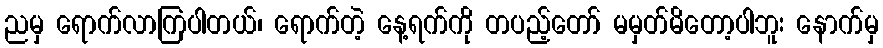
ညမှ ရောက်လာကြပါတယ်၊ ရောက်တဲ့ နေ့ရက်ကို တပည့်တော် မမှတ်မိတော့ပါဘူး နောက်မှ